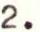
2.